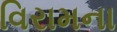
વિરામના